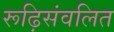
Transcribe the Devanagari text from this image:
रूढ़िसंवलित